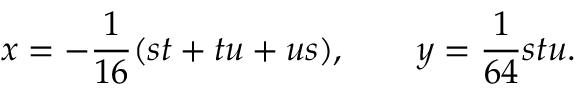
x = - { \frac { 1 } { 1 6 } } ( s t + t u + u s ) , \qquad y = { \frac { 1 } { 6 4 } } s t u .